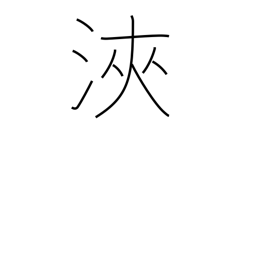
Meaning: cycle